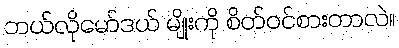
ဘယ်လိုမော်ဒယ် မျိုးကို စိတ်ဝင်စားတာလဲ။